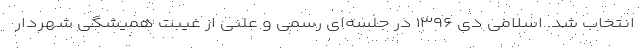
انتخاب شد. اسلامی دی ۱۳۹۶ در جلسه‌ای رسمی و علنی از غیبت همیشگی شهردار